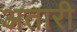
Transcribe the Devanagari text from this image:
अतारी